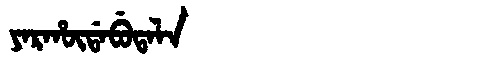
Manchu: ᠶᠠᡵᡥᡡᡩᠠᠪᡠᡨᠠᠯᠠ
Romanization: YARHŪDABUTALA